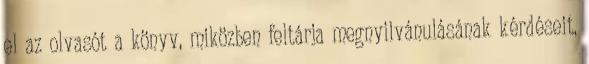
el az olvasót a könyv, miközben feltárja megnyilvánulásának kérdéseit,